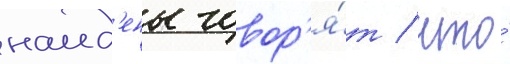
наид'ены говор'я́т / что́